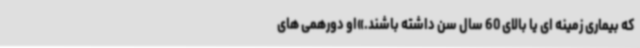
که بیماری زمینه ای یا بالای 60 سال سن داشته باشند.»او دورهمی های